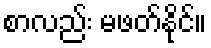
စာလည်း မဖတ်နိုင်။